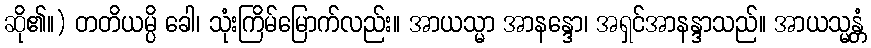
ဆို၏။) တတိယမ္ပိ ခေါ၊ သုံးကြိမ်မြောက်လည်း။ အာယသ္မာ အာနန္ဒော၊ အရှင်အာနန္ဒာသည်။ အာယသ္မန္တံ